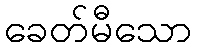
ခေတ်မီသော